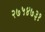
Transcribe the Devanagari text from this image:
२७५४७३१